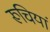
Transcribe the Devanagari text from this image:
रूचियां